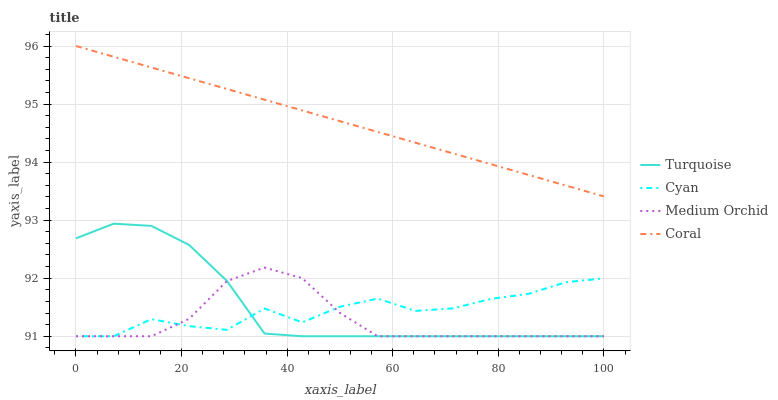
| xaxis_label | Turquoise | Cyan | Medium Orchid | Coral |
 | --- | --- | --- | --- | --- |
 | 0 | 92.7 | 91 | 91 | 96 |
 | 7.14 | 92.9 | 91 | 91 | 95.8 |
 | 14.3 | 92.9 | 91.3 | 91 | 95.6 |
 | 21.4 | 92.6 | 91.2 | 91.3 | 95.4 |
 | 28.6 | 92 | 91.1 | 91.9 | 95.3 |
 | 35.7 | 91 | 91.5 | 92.2 | 95.1 |
 | 42.9 | 91 | 91.2 | 92 | 94.9 |
 | 50 | 91 | 91.5 | 91.4 | 94.7 |
 | 57.1 | 91 | 91.6 | 91 | 94.5 |
 | 64.3 | 91 | 91.4 | 91 | 94.3 |
 | 71.4 | 91 | 91.5 | 91 | 94.1 |
 | 78.6 | 91 | 91.6 | 91 | 94 |
 | 85.7 | 91 | 91.7 | 91 | 93.8 |
 | 92.9 | 91 | 91.9 | 91 | 93.6 |
 | 100 | 91 | 92 | 91 | 93.4 |